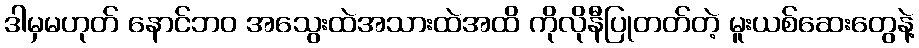
ဒါမှမဟုတ် နောင်ဘဝ အသွေးထဲအသားထဲအထိ ကိုလိုနီပြုတတ်တဲ့ မူးယစ်ဆေးတွေနဲ့